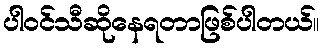
ပါဝင်သီဆိုနေရတာဖြစ်ပါတယ်။